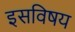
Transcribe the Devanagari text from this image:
इसविषय